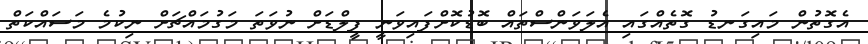
އެގޮތުން މައިގަނޑު ގޮތެއްގައި އެލަވަންސްތައް ބޮޑުކޮށްފައިވަނީ ފީލްޑަށް ނުވަތަ މަގުމައްޗަށް ނިކުމެ މަސައްކަތް